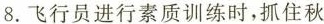
8.飞行员进行素质训练时，抓住秋